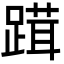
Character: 䠜